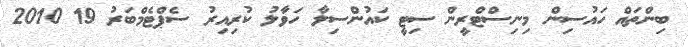
ބިންތައް ހައުސިން މިނިސްޓްރީން ސިޓީ ކައުންސިލާ ހަވާލު ކުރިއިރު ސެޕްޓެމްބަރު 19 2010